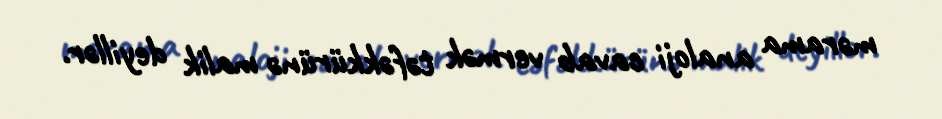
mərama analoji cavab vermək təfəkkürünə malik deyillər.